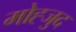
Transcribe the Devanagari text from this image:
मोह्जुद